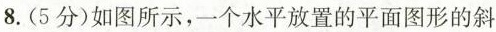
8.(5分)如图所示，一个水平放置的平面图形的斜